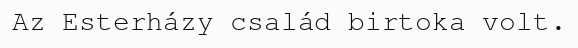
Az Esterházy család birtoka volt.